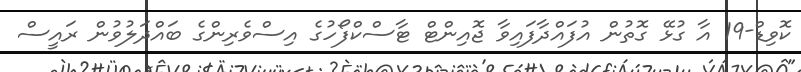
ކޮވިޑް-19 އާ ގުޅޭ ގޮތުން އުފައްދާފައިވާ ޖޮއިންޓް ޓާސްކްފޯހުގެ އިސްވެރިންގެ ބައްދަލުވުން ރައީސް